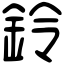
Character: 鈴